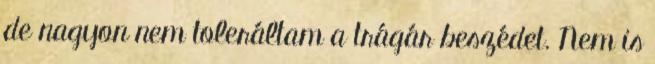
de nagyon nem toleráltam a trágár beszédet. Nem is